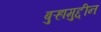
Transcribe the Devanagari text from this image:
बुऱ्हामुद्दीन